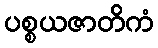
ပစ္စယဇာတိကံ